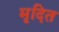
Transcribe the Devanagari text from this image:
मृदित